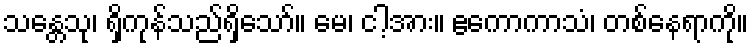
သန္တေသု၊ ရှိကုန်သည်ရှိသော်။ မေ၊ ငါ့အား။ ဧကောကာသံ၊ တစ်နေရာကို။